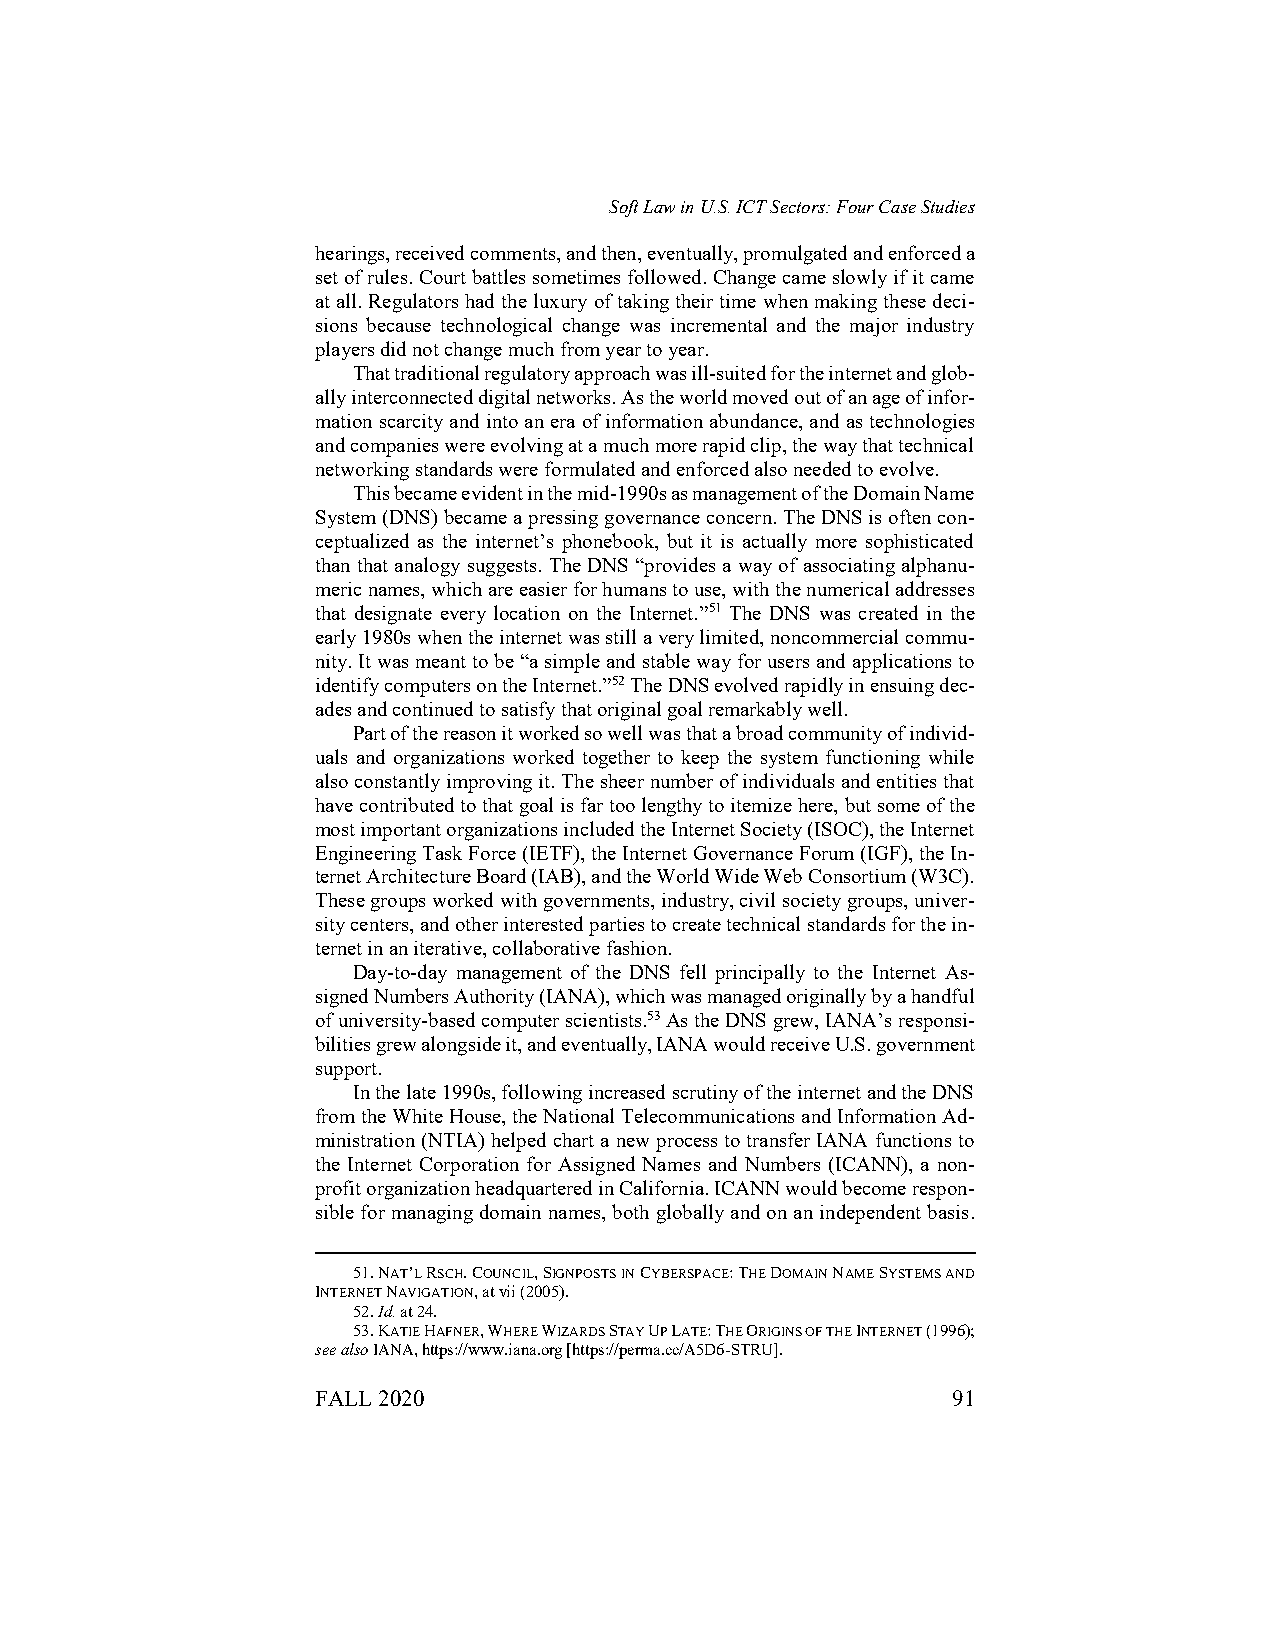
Soft Law in U.S. ICT Sectors: Four Case Studies
 hearings, received comments, and then, eventually, promulgated and enforced a
 set of rules. Court battles sometimes followed. Change came slowly if it came
 at all. Regulators had the luxury of taking their time when making these deci-
 sions because technological change was incremental and the major industry
 players did not change much from year to year.
 That traditional regulatory approach was ill-suited for the internet and glob-
 ally interconnected digital networks. As the world moved out of an age of infor-
 mation scarcity and into an era of information abundance, and as technologies
 and companies were evolving at a much more rapid clip, the way that technical
 networking standards were formulated and enforced also needed to evolve.
 This became evident in the mid-1990s as management of the Domain Name
 System (DNS) became a pressing governance concern. The DNS is often con-
 ceptualized as the internet’s phonebook, but it is actually more sophisticated
 than that analogy suggests. The DNS “provides a way of associating alphanu-
 meric names, which are easier for humans to use, with the numerical addresses
 that designate every location on the Internet.”51 The DNS was created in the
 early 1980s when the internet was still a very limited, noncommercial commu-
 nity. It was meant to be “a simple and stable way for users and applications to
 identify computers on the Internet.”52 The DNS evolved rapidly in ensuing dec-
 ades and continued to satisfy that original goal remarkably well.
 Part of the reason it worked so well was that a broad community of individ-
 uals and organizations worked together to keep the system functioning while
 also constantly improving it. The sheer number of individuals and entities that
 have contributed to that goal is far too lengthy to itemize here, but some of the
 most important organizations included the Internet Society (ISOC), the Internet
 Engineering Task Force (IETF), the Internet Governance Forum (IGF), the In-
 ternet Architecture Board (IAB), and the World Wide Web Consortium (W3C).
 These groups worked with governments, industry, civil society groups, univer-
 sity centers, and other interested parties to create technical standards for the in-
 ternet in an iterative, collaborative fashion.
 Day-to-day management of the DNS fell principally to the Internet As-
 signed Numbers Authority (IANA), which was managed originally by a handful
 of university-based computer scientists.53 As the DNS grew, IANA’s responsi-
 bilities grew alongside it, and eventually, IANA would receive U.S. government
 support.
 In the late 1990s, following increased scrutiny of the internet and the DNS
 from the White House, the National Telecommunications and Information Ad-
 ministration (NTIA) helped chart a new process to transfer IANA functions to
 the Internet Corporation for Assigned Names and Numbers (ICANN), a non-
 profit organization headquartered in California. ICANN would become respon-
 sible for managing domain names, both globally and on an independent basis.
 51. NAT’L RSCH. COUNCIL, SIGNPOSTS IN CYBERSPACE: THE DOMAIN NAME SYSTEMS AND
 INTERNET NAVIGATION, at vii (2005).
 52. Id. at 24.
 53. KATIE HAFNER, WHERE WIZARDS STAY UP LATE: THE ORIGINS OF THE INTERNET (1996);
 see also IANA, https://www.iana.org [https://perma.cc/A5D6-STRU].
 FALL 2020                                 91